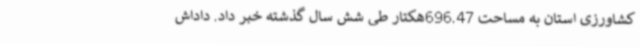
کشاورزی استان به مساحت 696.47هکتار طی شش سال گذشته خبر داد. داداش